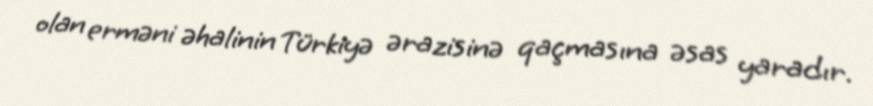
olan erməni əhalinin Türkiyə ərazisinə qaçmasına əsas yaradır.